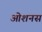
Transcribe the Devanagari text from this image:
ओशनस